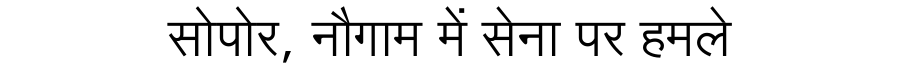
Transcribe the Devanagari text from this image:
सोपोर, नौगाम में सेना पर हमले